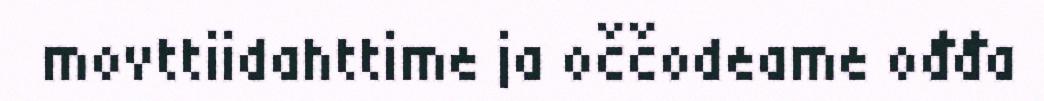
movttiidahttime ja oččodeame ođđa